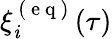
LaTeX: \xi_{\mathit{i}}^{\mathrm{{~(~e~q~)~}}}(\tau)